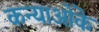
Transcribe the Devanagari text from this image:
कन्याओंके